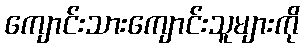
ကျောင်းသားကျောင်းသူများကို